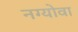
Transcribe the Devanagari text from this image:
नग्योवा